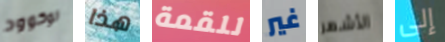
لوكوود هذا للقمة غير الأشهر إلى